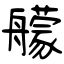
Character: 艨